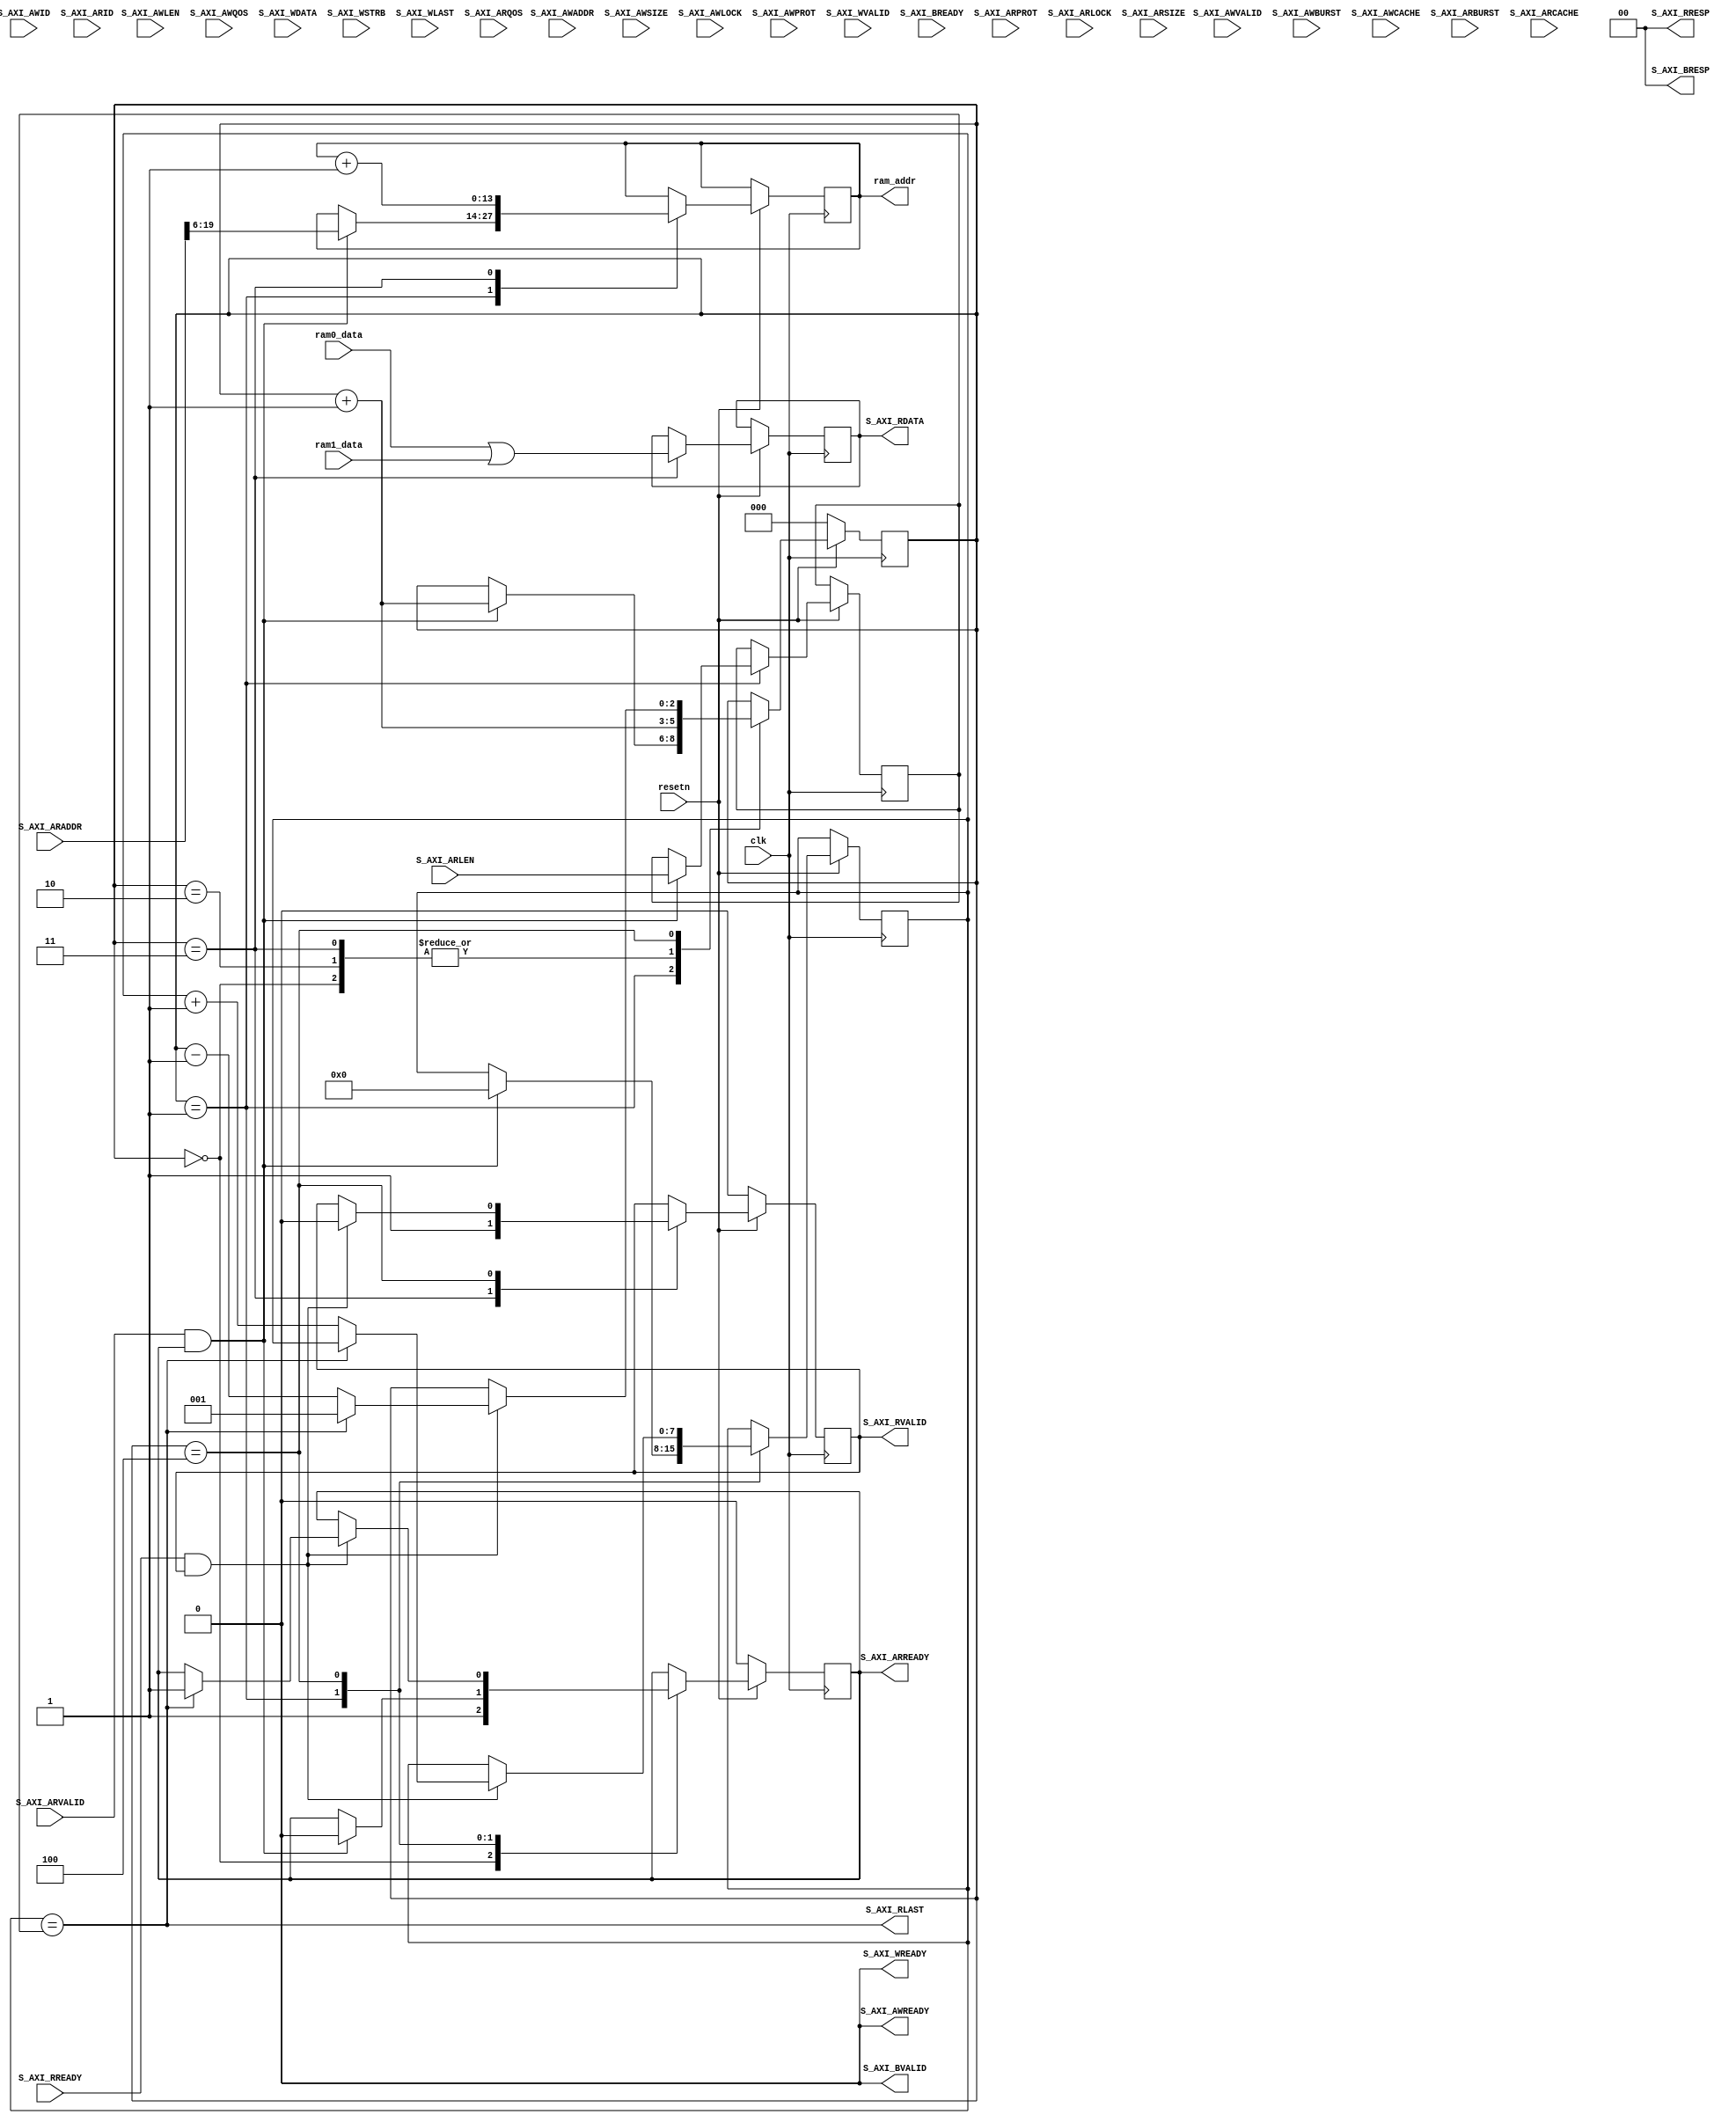
//====================================================================================
//                        ------->  Revision History  <------
//====================================================================================
//
//   Date     Who   Ver  Changes
//====================================================================================
// 21-Mar-24  DWW     1  Initial creation
// 08-Jul-24  DWW     2  Now driving S_AXI_RVALID low during reset
//                       Tied low unused signals in the write-channels of S_AXI
// 15-Jul-24  DWW     3  Added S_AXI_ARSIZE input port, just for good form
//====================================================================================


/*
    This is an AXI slave-interface to a pair of SDP (Simple Dual Port) RAM
    blocks.

    Reading from the S_AXI interface will return data that is the bitwise-or 
    of the two blocks of RAM

    The S_AXI interface is read-only and does not support narrow reads or burst 
    modes other than "increment"
*/

module abm_manager_if # (parameter DW = 512, DD = 16384)
(
    input clk, resetn,

    output reg [$clog2(DD)-1:0] ram_addr,
    input      [DW-1:0]         ram0_data, ram1_data,

    //=================  This is the main AXI4-slave interface  ================

    // "Specify write address"              -- Master --    -- Slave --
    input[$clog2(DD * (DW/8))-1:0]          S_AXI_AWADDR,
    input                                   S_AXI_AWVALID,
    input[3:0]                              S_AXI_AWID,
    input[7:0]                              S_AXI_AWLEN,
    input[2:0]                              S_AXI_AWSIZE,
    input[1:0]                              S_AXI_AWBURST,
    input                                   S_AXI_AWLOCK,
    input[3:0]                              S_AXI_AWCACHE,
    input[3:0]                              S_AXI_AWQOS,
    input[2:0]                              S_AXI_AWPROT,
    output                                                  S_AXI_AWREADY,

    // "Write Data"                         -- Master --    -- Slave --
    input[DW-1:0]                           S_AXI_WDATA,
    input[DW/8-1:0]                         S_AXI_WSTRB,
    input                                   S_AXI_WVALID,
    input                                   S_AXI_WLAST,
    output                                                  S_AXI_WREADY,

    // "Send Write Response"                -- Master --    -- Slave --
    output[1:0]                                             S_AXI_BRESP,
    output                                                  S_AXI_BVALID,
    input                                   S_AXI_BREADY,

    // "Specify read address"               -- Master --    -- Slave --
    input[$clog2(DD * (DW/8))-1:0]          S_AXI_ARADDR,
    input                                   S_AXI_ARVALID,
    input[2:0]                              S_AXI_ARPROT,
    input                                   S_AXI_ARLOCK,
    input[3:0]                              S_AXI_ARID,
    input[2:0]                              S_AXI_ARSIZE,
    input[7:0]                              S_AXI_ARLEN,
    input[1:0]                              S_AXI_ARBURST,
    input[3:0]                              S_AXI_ARCACHE,
    input[3:0]                              S_AXI_ARQOS,
    output reg                                              S_AXI_ARREADY,

    // "Read data back to master"           -- Master --    -- Slave --
    output reg [DW-1:0]                                     S_AXI_RDATA,
    output reg                                              S_AXI_RVALID,
    output     [1:0]                                        S_AXI_RRESP,
    output                                                  S_AXI_RLAST,
    input                                   S_AXI_RREADY

    //==========================================================================
);

reg [2:0] fsm_state;
reg [7:0] burst_length, beat;

// Assert RLAST on the last beat of every burst
assign S_AXI_RLAST = (beat == burst_length);

// The read-response is always "OKAY"
assign S_AXI_RRESP = 0;

// Tie off the unused signals for the "write" side of S_AXI
assign S_AXI_AWREADY = 0;
assign S_AXI_WREADY  = 0;
assign S_AXI_BRESP   = 0;
assign S_AXI_BVALID  = 0;

always @(posedge clk) begin
    
    if (resetn == 0) begin
        fsm_state     <= 0;
        S_AXI_ARREADY <= 0;
        S_AXI_RVALID  <= 0;
    end else case (fsm_state)

        // As we come out of reset, begin accepting read-requests
        0:  begin
                S_AXI_ARREADY <= 1;
                fsm_state     <= fsm_state + 1;
            end

        // If we receive a read-request, prepare to transmit a 
        // burst of data and stop accepting read requests
        1:  if (S_AXI_ARVALID & S_AXI_ARREADY) begin
                burst_length   <= S_AXI_ARLEN;
                beat           <= 0;
                ram_addr       <= S_AXI_ARADDR >> $clog2(DW/8);
                S_AXI_ARREADY  <= 0;
                fsm_state      <= fsm_state + 1;
            end

        // Waste 1 cycle of latency while we wait for ram0_data and ram1_data
        // to contain valid data
        2: fsm_state <= fsm_state + 1;

        // Send the "ram0_data | ram_1_data" to the AXI master
        // and start the next read from RAM
        3:  begin
                S_AXI_RDATA    <= ram0_data | ram1_data;
                S_AXI_RVALID   <= 1;
                ram_addr       <= ram_addr + 1;
                fsm_state      <= fsm_state + 1;
            end

        // Once the master accepts the data we just sent, either
        // complete the burst, or (if this was the last beat of
        // the burst), go back to waiting for a new read-request
        4:  if (S_AXI_RREADY & S_AXI_RVALID) begin
                S_AXI_RVALID <= 0;
                if (S_AXI_RLAST) begin
                    S_AXI_ARREADY <= 1;
                    fsm_state     <= 1;
                end else begin
                    beat          <= beat + 1;
                    fsm_state     <= fsm_state - 1;
                end
            end

    endcase
end


endmodule